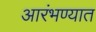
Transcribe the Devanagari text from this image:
आरंभण्यात